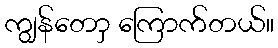
ကျွန်တောှ ကြောက်တယ်။